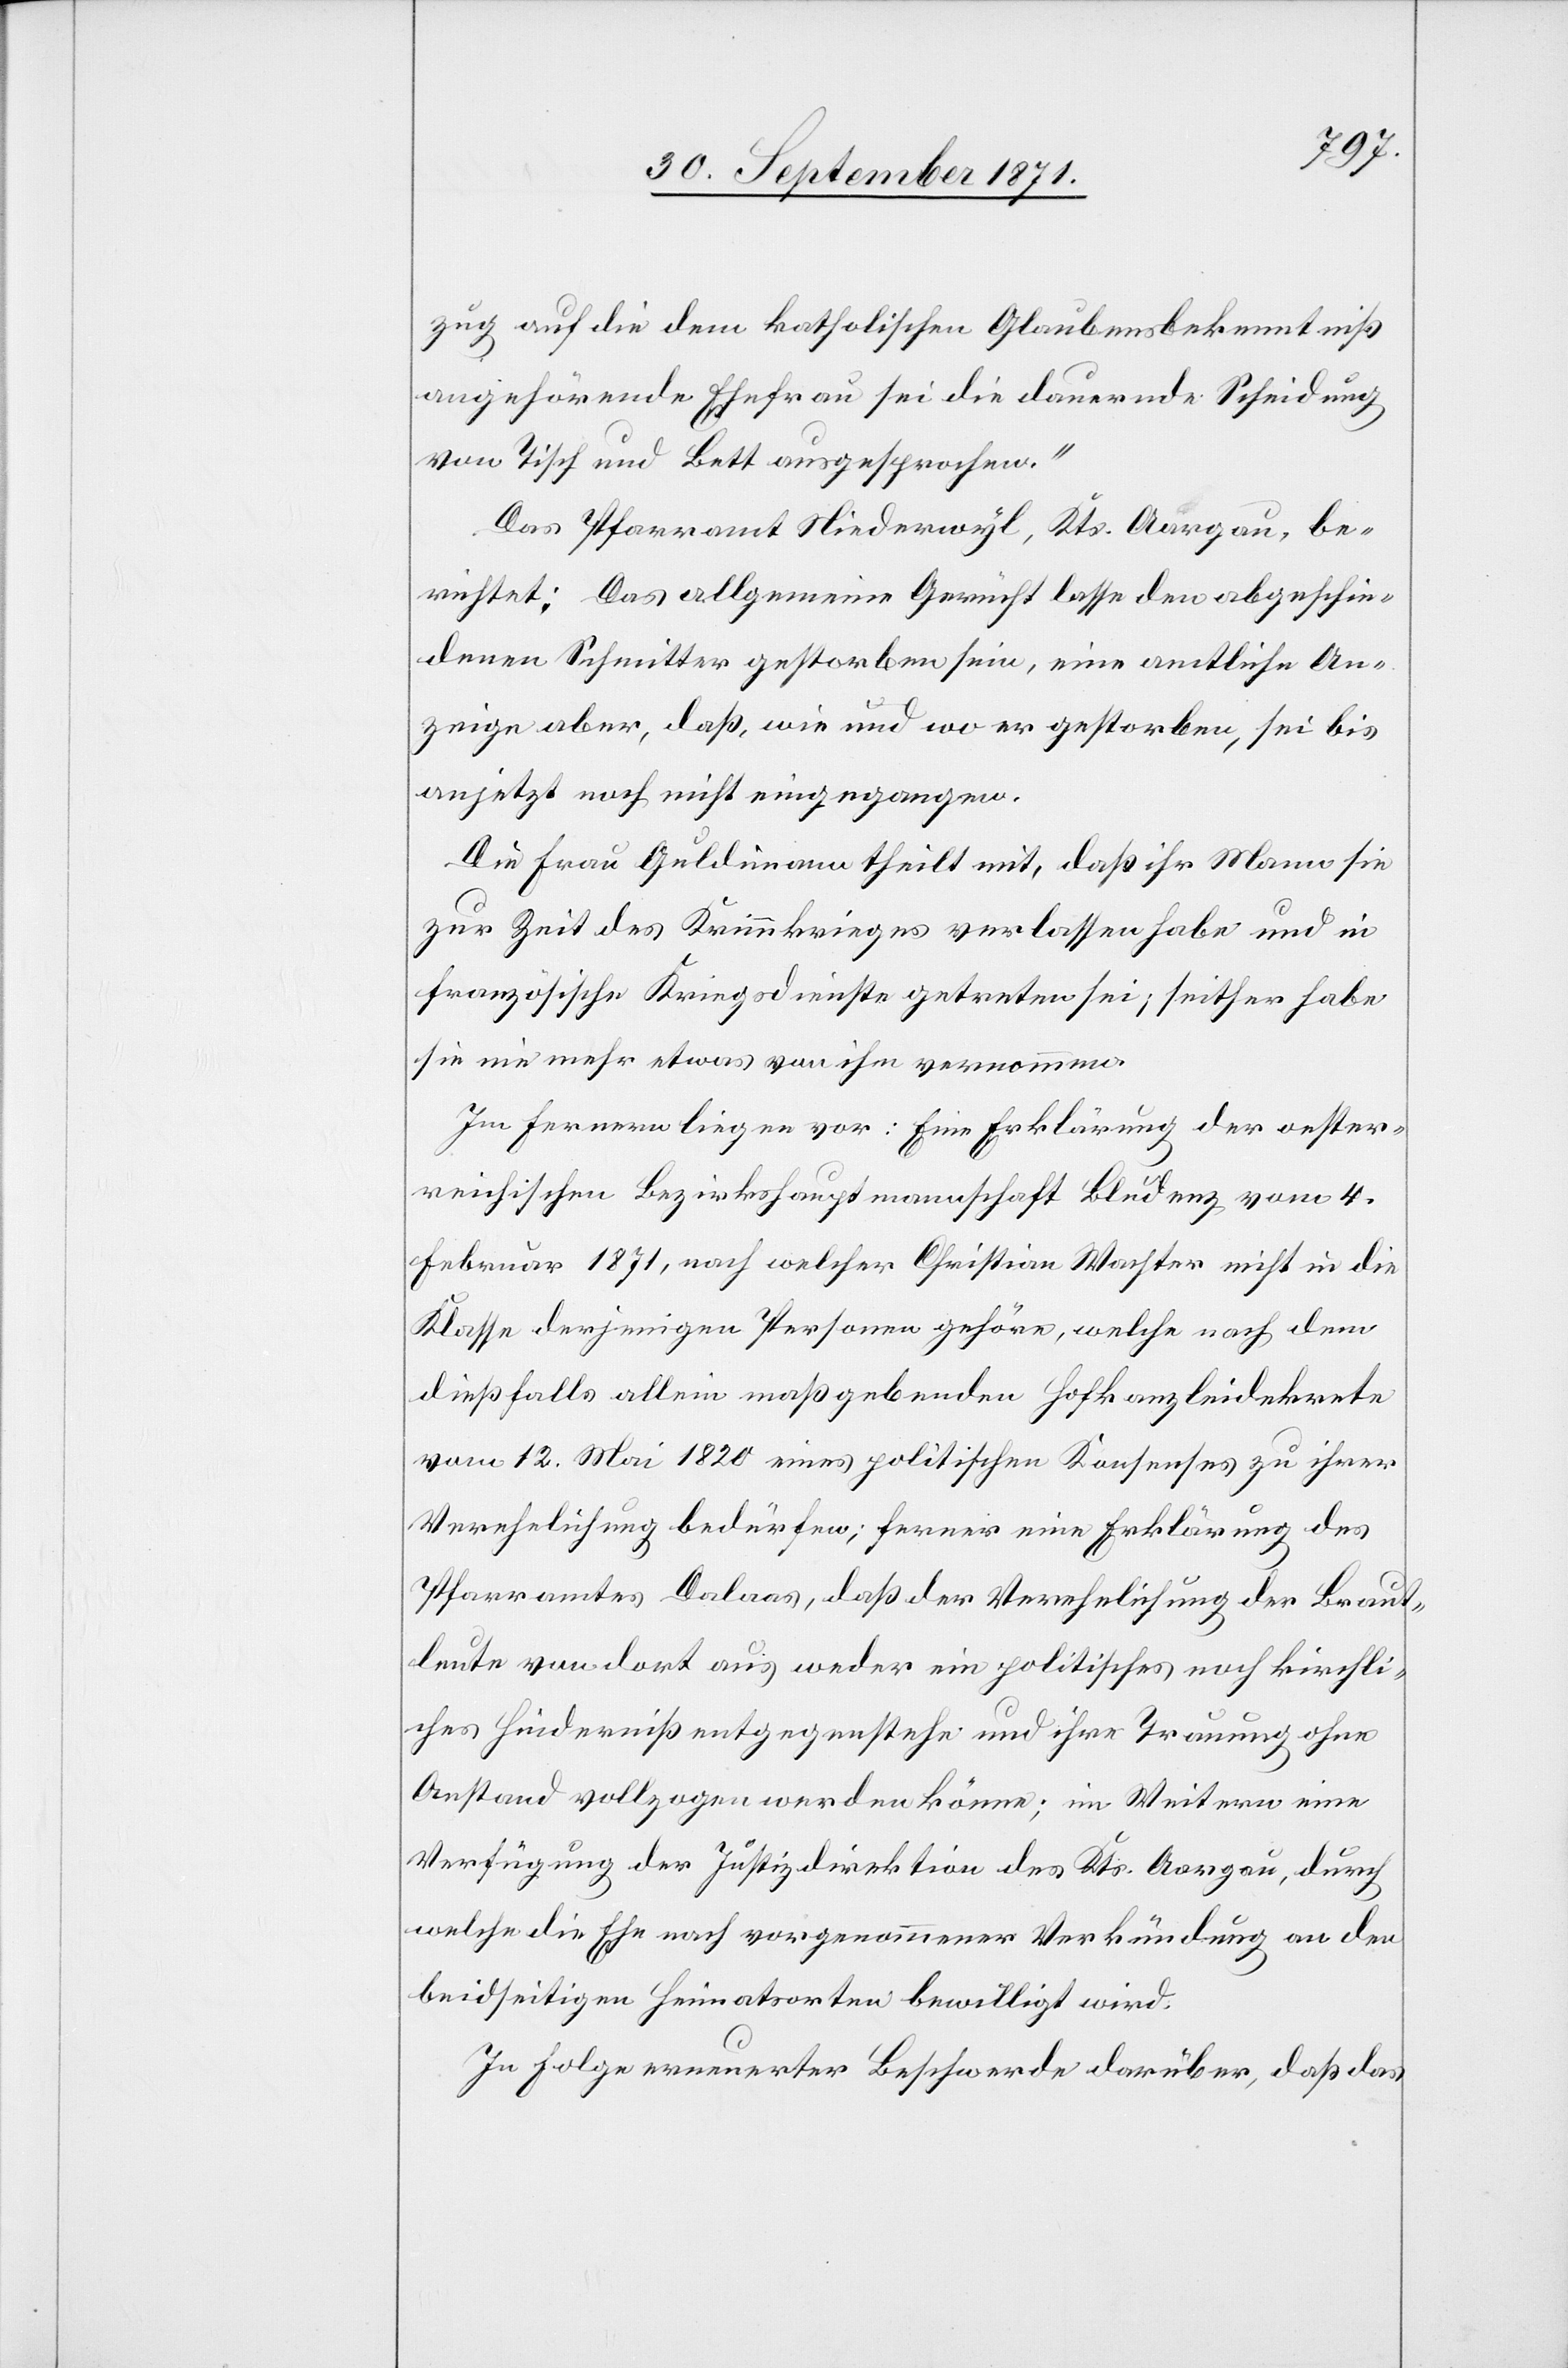
zug auf die dem katholischen Glaubensbekenntniß
angehörende Ehefrau sei die dauernde Scheidung
von Tisch und Bett ausgesprochen.“
Das Pfarramt Niederwyl, Kts. Aargau, be¬
richtet: das allgemeine Gericht lasse den abgeschie¬
denen Schmitter gestorben sein, eine amtliche An¬
zeige aber, daß, wie und wo er gestorben, sei bis
anjetzt noch nicht eingegangen.
Die Frau Guldimann theilt mit, daß ihr Mann sie
zur Zeit des Krimmkrieges verlassen habe und in
französische Kriegsdienste getreten sei; seither habe
sie nie mehr etwas von ihm vernommen.
Im fernern liegen vor: Eine Erklärung der oester¬
reichischen Bezirkshauptmannschaft Bludenz vom 4.
Februar 1871, nach welcher Christian Wachter nicht in die
Klasse derjenigen Personen gehöre, welche nach dem
dießfalls allein maßgebenden Hofkanzleidekrete
vom 12. Mai 1820 eines politischen Konsenses zu ihrer
Verehelichung bedürfen; ferner eine Erklärung des
Pfarramtes Dalaas, daß der Verehelichung der Braut¬
leute von dort aus weder ein politisches noch kirchli¬
ches Hinderniß entgegenstehe und ihre Trauung ohne
Anstand vollzogen werden könne; im Weitern eine
Verfügung der Justizdirektion des Kts. Aargau, durch
welche die Ehe nach vorgenommener Verkündung an den
beidseitigen Heimatorten bewilligt wird.
In Folge erneuerter Beschwerde darüber, daß das